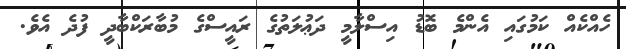
ހެއްކެއް ކަމުގައި އެންމެ ބޮޑު އިސްލާމީ ދަޢުލަތުގެ ރައީސްގެ މުބާރަކްބާދީ ފުދެ އެވެ.